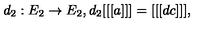
d _ { 2 } : E _ { 2 } \rightarrow E _ { 2 } , d _ { 2 } [ [ [ a ] ] ] = [ [ [ d c ] ] ] ,